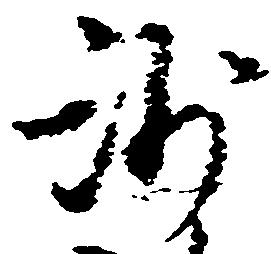
沙